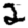
Digit: 2